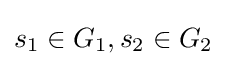
s_{1}\in G_{1},s_{2}\in G_{2}